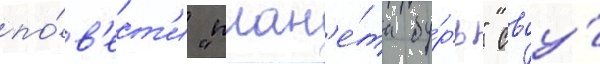
по́в'ест'и "план'е́та бу́рь" своу́